Annual returns of the Patna Lunatic Asylum at Bankipore in Bihar and Orissa - 1912-1924
Year: 1912
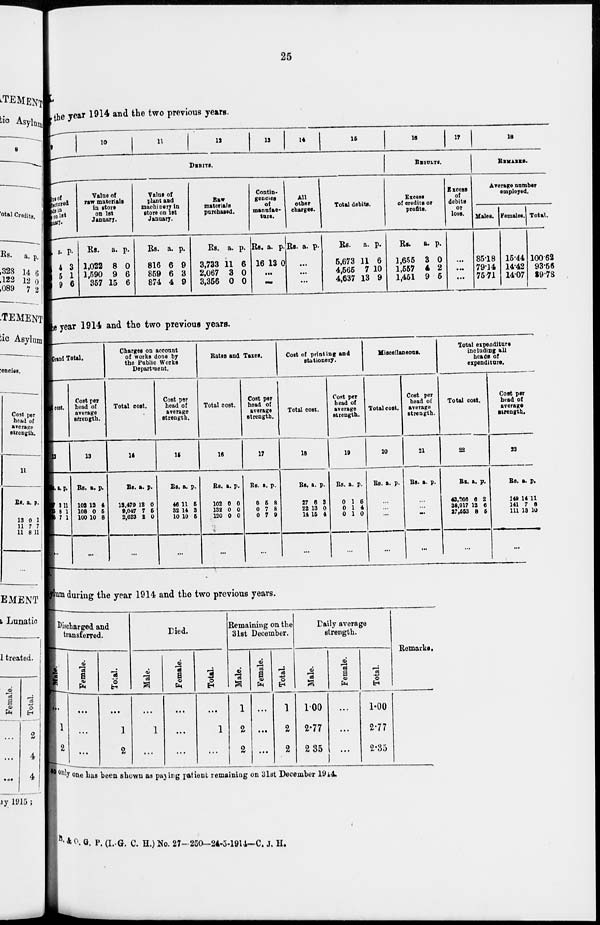
25
the year 1914 and the two previous years.
9
10
11
12
13
14
15
DEBITS.
Value of
manufactured
goods in
stores on 1st
January.
Rs.
4
8
9
a.
4
5
9
p.
3
1
6
Value of
raw materials
in store
on 1st
January.
Rs.
1,022
1,590
357
a.
8
9
15
p.
0
6
6
Value of
plant and
machinery in
store on 1st
January.
Rs.
816
859
874
a.
6
6
4
p.
9
3
9
Raw
materials
purchased.
Rs.
3,733
2,067
3,356
a.
11
3
0
p.
6
0
0
Contin-
gencies
of
manufac-
ture.
Rs.
16
a.
13
p.
0
...
...
All
other
charges.
Rs. a. p.
...
...
...
Total debits.
Rs.
5,673
4,565
4,637
a.
11
7
13
p.
6
10
9
16
17
RESULTS.
Excess
of credits or
profits.
Rs.
1,655
1,557
1,451
a.
3
4
9
p.
0
2
5
Excess
of
debits
or
loss.
...
...
...
18
REMARKS.
Average number
employed.
Males.
85.18
79.14
75.71
Females.
15.44
14.42
14.07
Total.
100.62
93.56
89.78
the year 1914 and the two previous years.
Grand Total.
Total cost.
12
Rs.
57
15
95
a.
3
8
7
p.
11
1
1
...
Cost per
head of
average
strength.
13
Rs.
102
108
100
a.
12
0
10
p.
4
5
8
...
Charges on account
of works done by
the Public Works
Department.
Total cost.
14
Rs.
13,479
9,047
2,623
a.
12
7
2
p.
0
5
0
...
Cost per
head of
average
strength.
15
Rs.
46
32
10
a.
11
14
10
p.
5
3
5
...
Rates and Taxes.
Total cost.
16
Rs.
102
132
120
a.
0
0
0
p.
0
0
0
...
Cost per
head of
average
strength.
17
Rs.
0
0
0
a.
5
7
7
p.
8
8
9
...
Cost of printing and
stationery.
Total cost.
18
Rs.
27
22
14
a.
6
13
15
p.
2
0
4
...
Cost per
head of
average
strength.
19
Rs.
0
0
0
a.
1
1
1
p.
6
4
0
...
Miscellaneous.
Total cost.
20
Rs. a. p.
...
...
...
...
Cost per
head of
average
strength.
21
Rs. a. p.
...
...
...
...
Total expenditure
including all
heads of
expenditure.
Total cost.
22
Rs.
43,266
38,917
27,553
a.
6
12
8
p.
2
6
5
...
Cost per
head of
average
strength.
23
Rs.
149
141
111
a.
14
7
13
p.
11
8
10
...
ylum during the year 1914 and the two previous years.
Discharged and
transferred.
Male.
...
1
2
Female.
...
...
...
Tolal.
...
1
2
Died.
Male.
...
1
...
Female.
...
...
...
Total.
...
1
...
Remaining on the
31st December.
Male.
1
2
2
Female.
...
...
..
Total.
1
2
2
Daily average
strength.
Male.
1.00
2.77
2.35
Female.
...
...
...
Total.
1.00
2.77
2.35
Remarks.
so only one has been shown as paying patient remaining on 31st December 1914.
B. & O. G. P. (I. G. C. H.) No. 27- 250-24-5-1914-C. J. H.